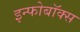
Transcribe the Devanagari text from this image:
इन्फोबॉक्स